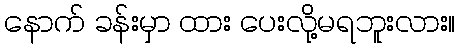
နောက် ခန်းမှာ ထား ပေးလို့မရဘူးလား။